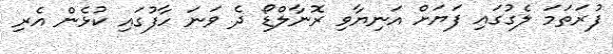
ފުރަތަމަ ލެގުގައި ފަޔަށް އަނިޔާވި ރޮނާލްޑޯ ދެ ވަނަ ހާފުގައި ކުޅެން އެރި